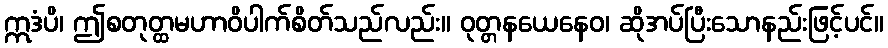
ဣဒံပိ၊ ဤစတုတ္ထမဟာဝိပါက်စိတ်သည်လည်း။ ဝုတ္တနယေနေဝ၊ ဆိုအပ်ပြီးသောနည်းဖြင့်ပင်။